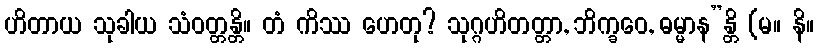
ဟိတာယ သုခါယ သံဝတ္တန္တိ။ တံ ကိဿ ဟေတု? သုဂ္ဂဟိတတ္တာ, ဘိက္ခဝေ, ဓမ္မာန”န္တိ (မ။ နိ။